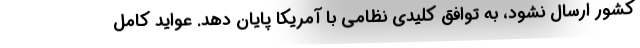
کشور ارسال نشود، به توافق کلیدی نظامی با آمریکا پایان دهد. عواید کامل